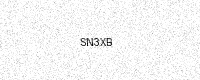
Text: SN3XB